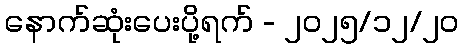
နောက်ဆုံးပေးပို့ရက် - ၂၀၂၅/၁၂/၂၀